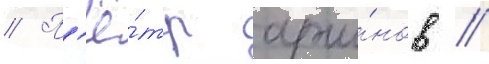
// П'ё́тр арши́нов //